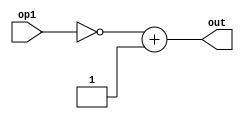
module MY_COMP2S(op1, out);
    input[7:0] op1;
    output[7:0] out;

    assign out = ~(op1)+ 8'b00000001 ;

endmodule